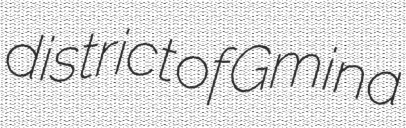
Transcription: district of Gmina